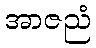
အာဇညံ